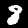
Label: 8